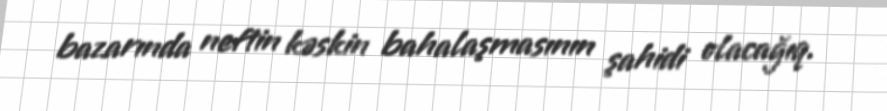
bazarında neftin kəskin bahalaşmasının şahidi olacağıq.